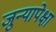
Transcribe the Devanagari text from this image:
जुन्यापेक्षा